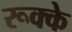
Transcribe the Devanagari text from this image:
रूक्‍के